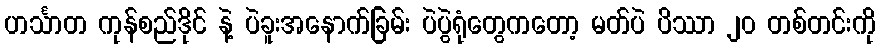
ဟင်္သာတ ကုန်စည်ဒိုင် နဲ့ ပဲခူးအနောက်ခြမ်း ပဲပွဲရုံတွေကတော့ မတ်ပဲ ပိဿာ ၂၀ တစ်တင်းကို